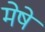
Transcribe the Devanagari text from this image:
मेषे